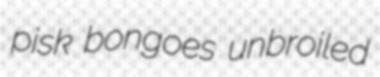
pisk bongoes unbroiled